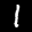
Label: 1